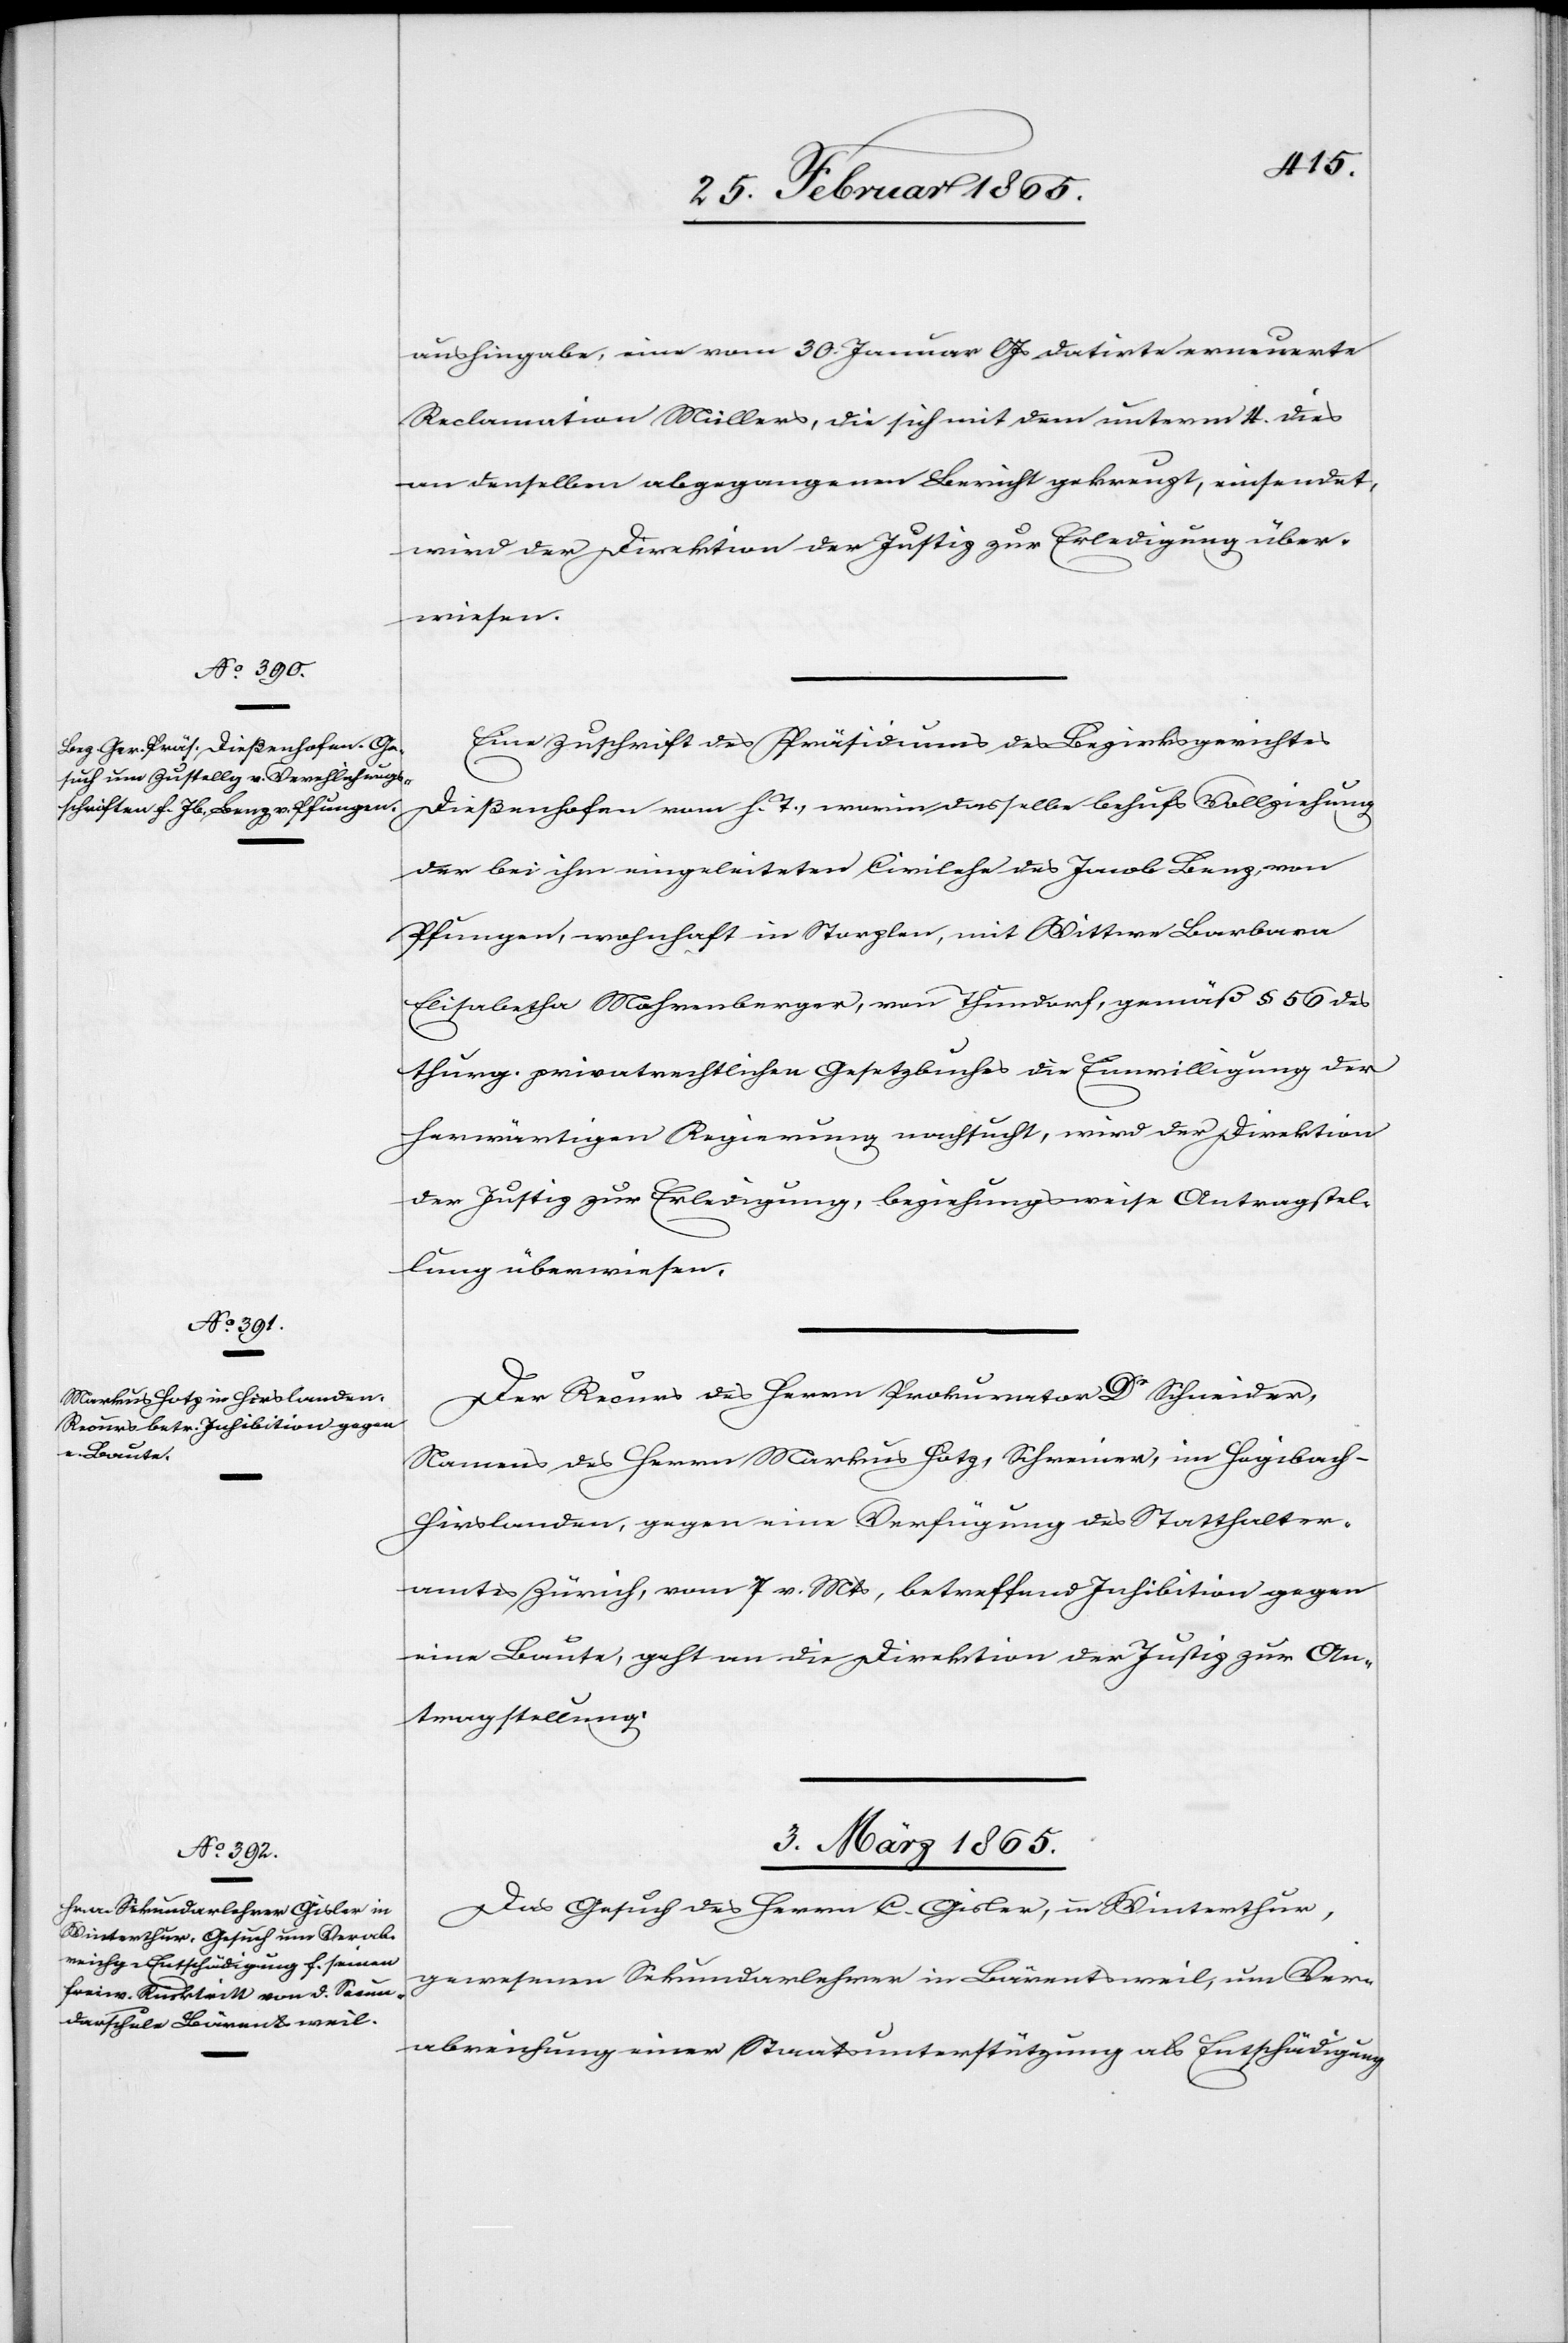
aushingabe, eine vom 30. Januar l Js datirte erneuerte
Reclamation Müllers, die sich mit dem unterm 4. dies
an denselben abgegangenen Bericht gekreuzt, einsendet,
wird der Direktion der Justiz zur Erledigung über¬
wiesen.
Eine Zuschrift des Präsidiums des Bezirksgerichtes
Dießenhofen vom h. T., worin dasselbe behufs Vollziehung
der bei ihm eingeleiteten Civilehe des Jacob Benz, von
Pfungen, wohnhaft in Storplen, mit Wittwe Barbara
Elisabetha Mohrenberger, von Thundorf, gemäß § 56 des
thurg. privatrechtlichen Gesetzbuches die Einwilligung der
herwärtigen Regierung nachsucht, wird der Direktion
der Justiz zur Erledigung, beziehungsweise Antragstel¬
lung überwiesen.
Der Recurs des Herrn Prokurator Dr Schneider,
Namens des Herrn Markus Hotz, Schreiner, in Hegibach-H¬
irslanden, gegen eine Verfügung des Statthalter¬
amtes Zürich, vom 7. v. Mts, betreffend Inhibition gegen
eine Baute, geht an die Direktion der Justiz zur An¬
tragstellung.
3. März 1865.
Das Gesuch des Herrn C. Gisler, in Winterthur,
gewesenen Sekundarlehrer in Bärentsweil, um Ver¬
abreichung einer Staatsunterstützung als Entschädigung